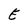
Character: E